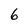
Character: 6